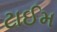
ટાઈમ